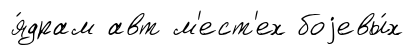
я́драм авт м'ест'ех боjевы́х